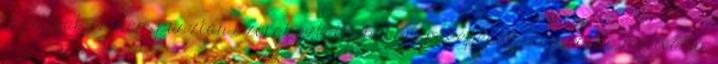
ragadóak és nem pusztán szórakoztatnak, hanem képesek inspirálni, motiválni